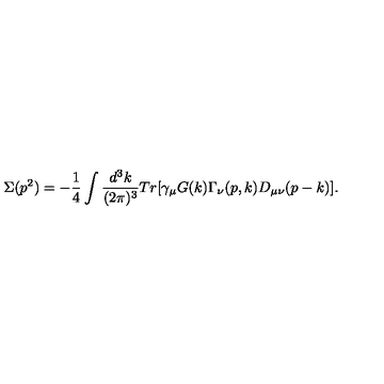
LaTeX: \Sigma ( p ^ { 2 } ) = - \frac { 1 } { 4 } \int \frac { d ^ { 3 } k } { ( 2 \pi ) ^ { 3 } } T r \lbrack \gamma _ { \mu } G ( k ) \Gamma _ { \nu } ( p , k ) D _ { \mu \nu } ( p - k ) \rbrack .